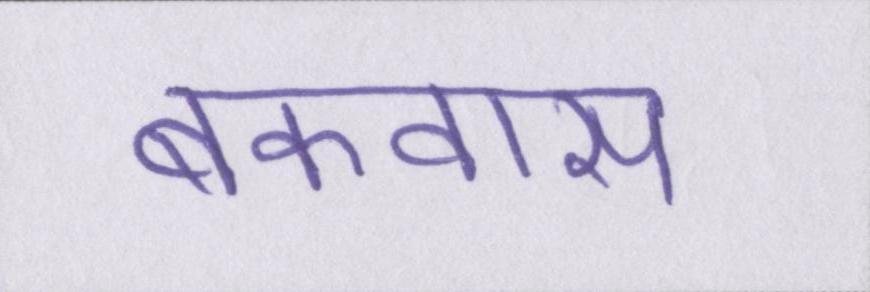
बकवास